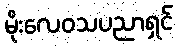
မိုးလေဝသပညာရှင်